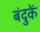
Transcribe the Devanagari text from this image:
बंदुकें